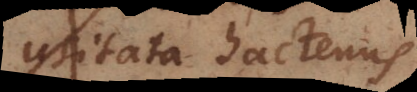
usitata hactenus